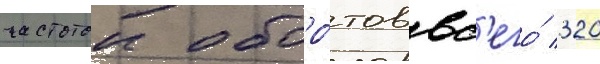
частотои оборо́тов вс'его́ 320